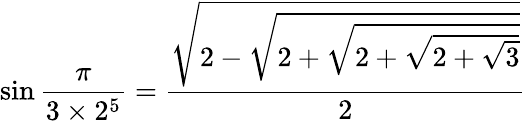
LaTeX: \sin{\frac{\pi}{3\times 2^{5}}}={\frac{\sqrt{2-{\sqrt{2+{\sqrt{2+{\sqrt{2+{\sqrt{3}}}}}}}}}}{2}}